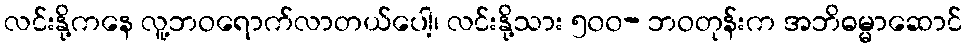
လင်းနို့ကနေ လူ့ဘဝရောက်လာတယ်ပေါ့၊ လင်းနို့သား ၅၀၀- ဘဝတုန်းက အဘိဓမ္မာဆောင်